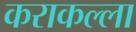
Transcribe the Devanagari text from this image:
कराकल्ला